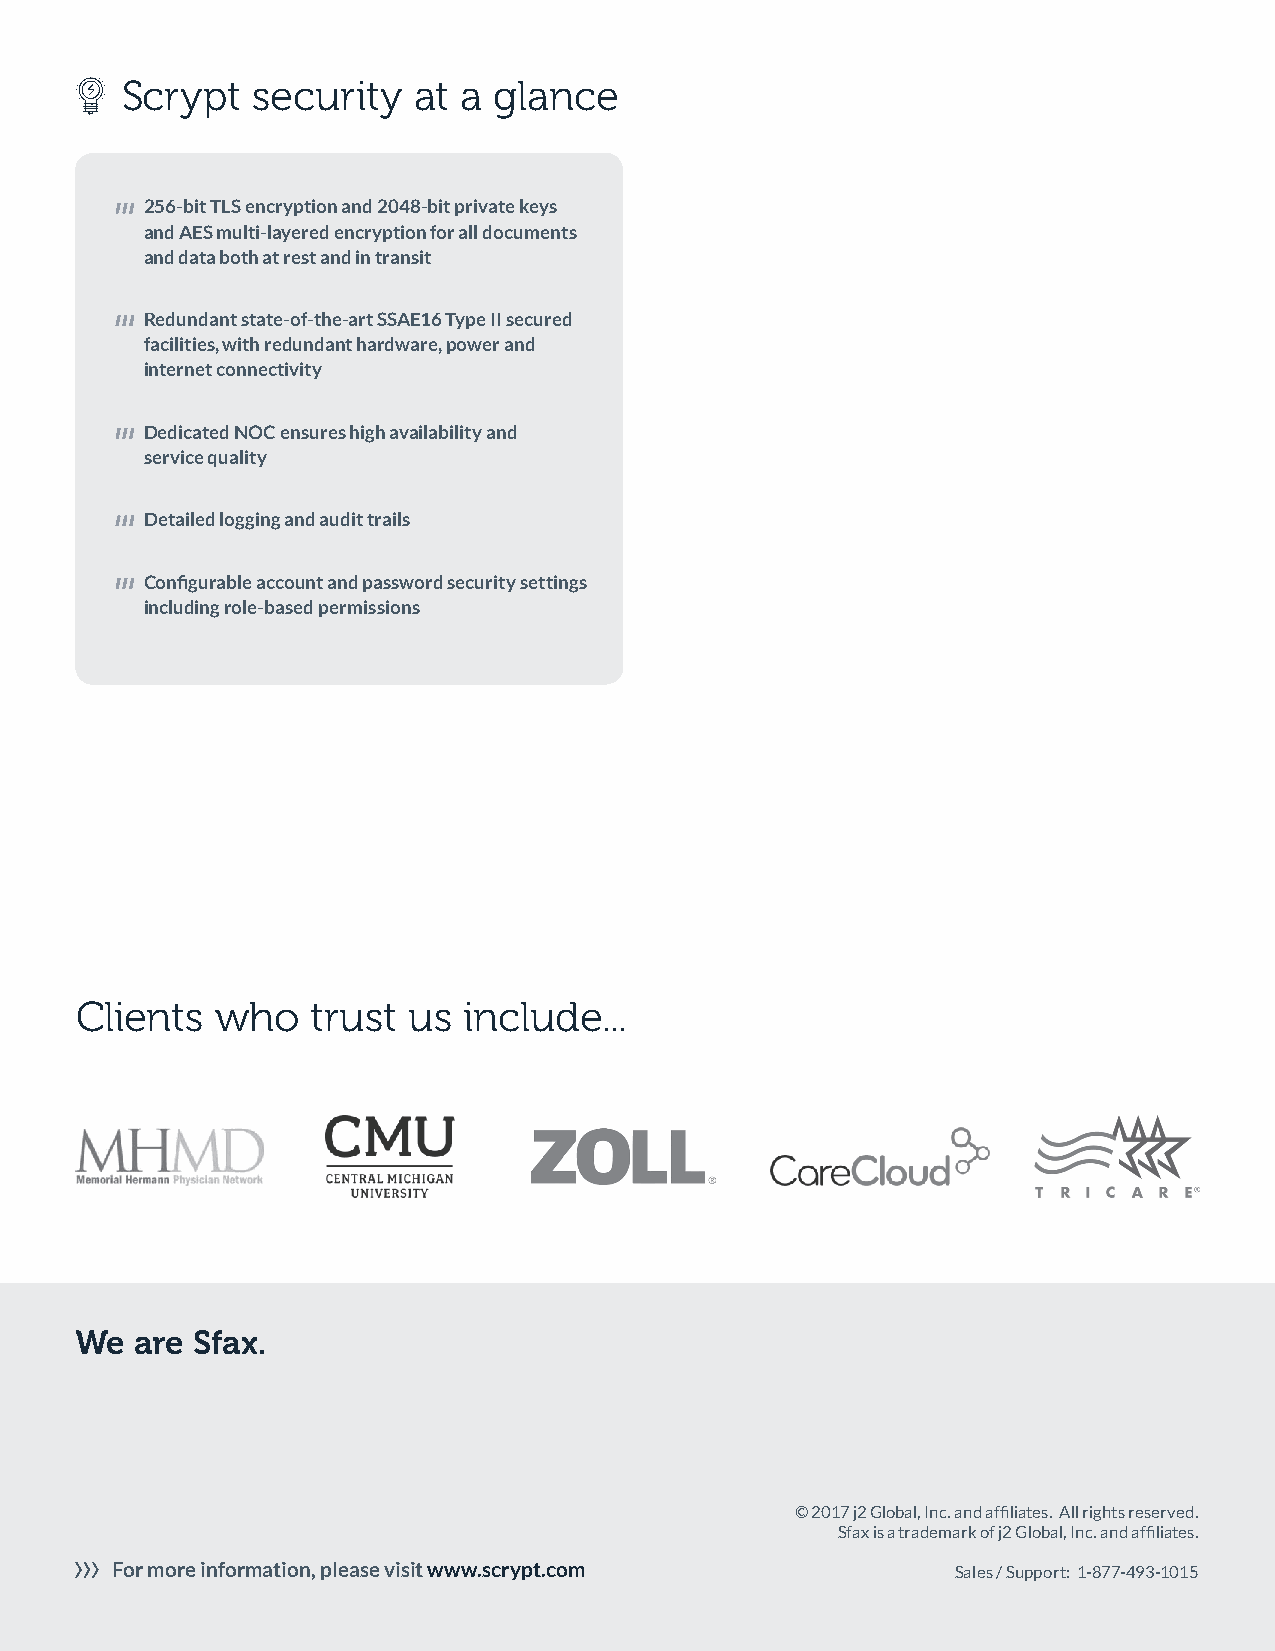
Scrypt   security  at  a glance
 256-bit TLS encryption and 2048-bit private keys
 and AES multi-layered encryption for all documents
 and data both at rest and in transit
 Redundant state-of-the-art SSAE16 Type II secured
 facilities, with redundant hardware, power and
 internet connectivity
 Dedicated NOC ensures high availability and
 service quality
 Detailed logging and audit trails
 Configurable account and password security settings
 including role-based permissions
 Clients  who    trust us  include...
 We  are Sfax.
 © 2017 j2 Global, Inc. and affiliates. All rights reserved.
 Sfax is a trademark of j2 Global, Inc. and affiliates.
 For more information, please visit www.scrypt.com       Sales / Support: 1-877-493-1015